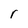
Character: r